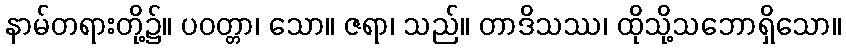
နာမ်တရားတို့၌။ ပဝတ္တာ၊ သော။ ဇရာ၊ သည်။ တာဒိသဿ၊ ထိုသို့သဘောရှိသော။